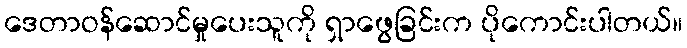
ဒေတာဝန်ဆောင်မှုပေးသူကို ရှာဖွေခြင်းက ပိုကောင်းပါတယ်။